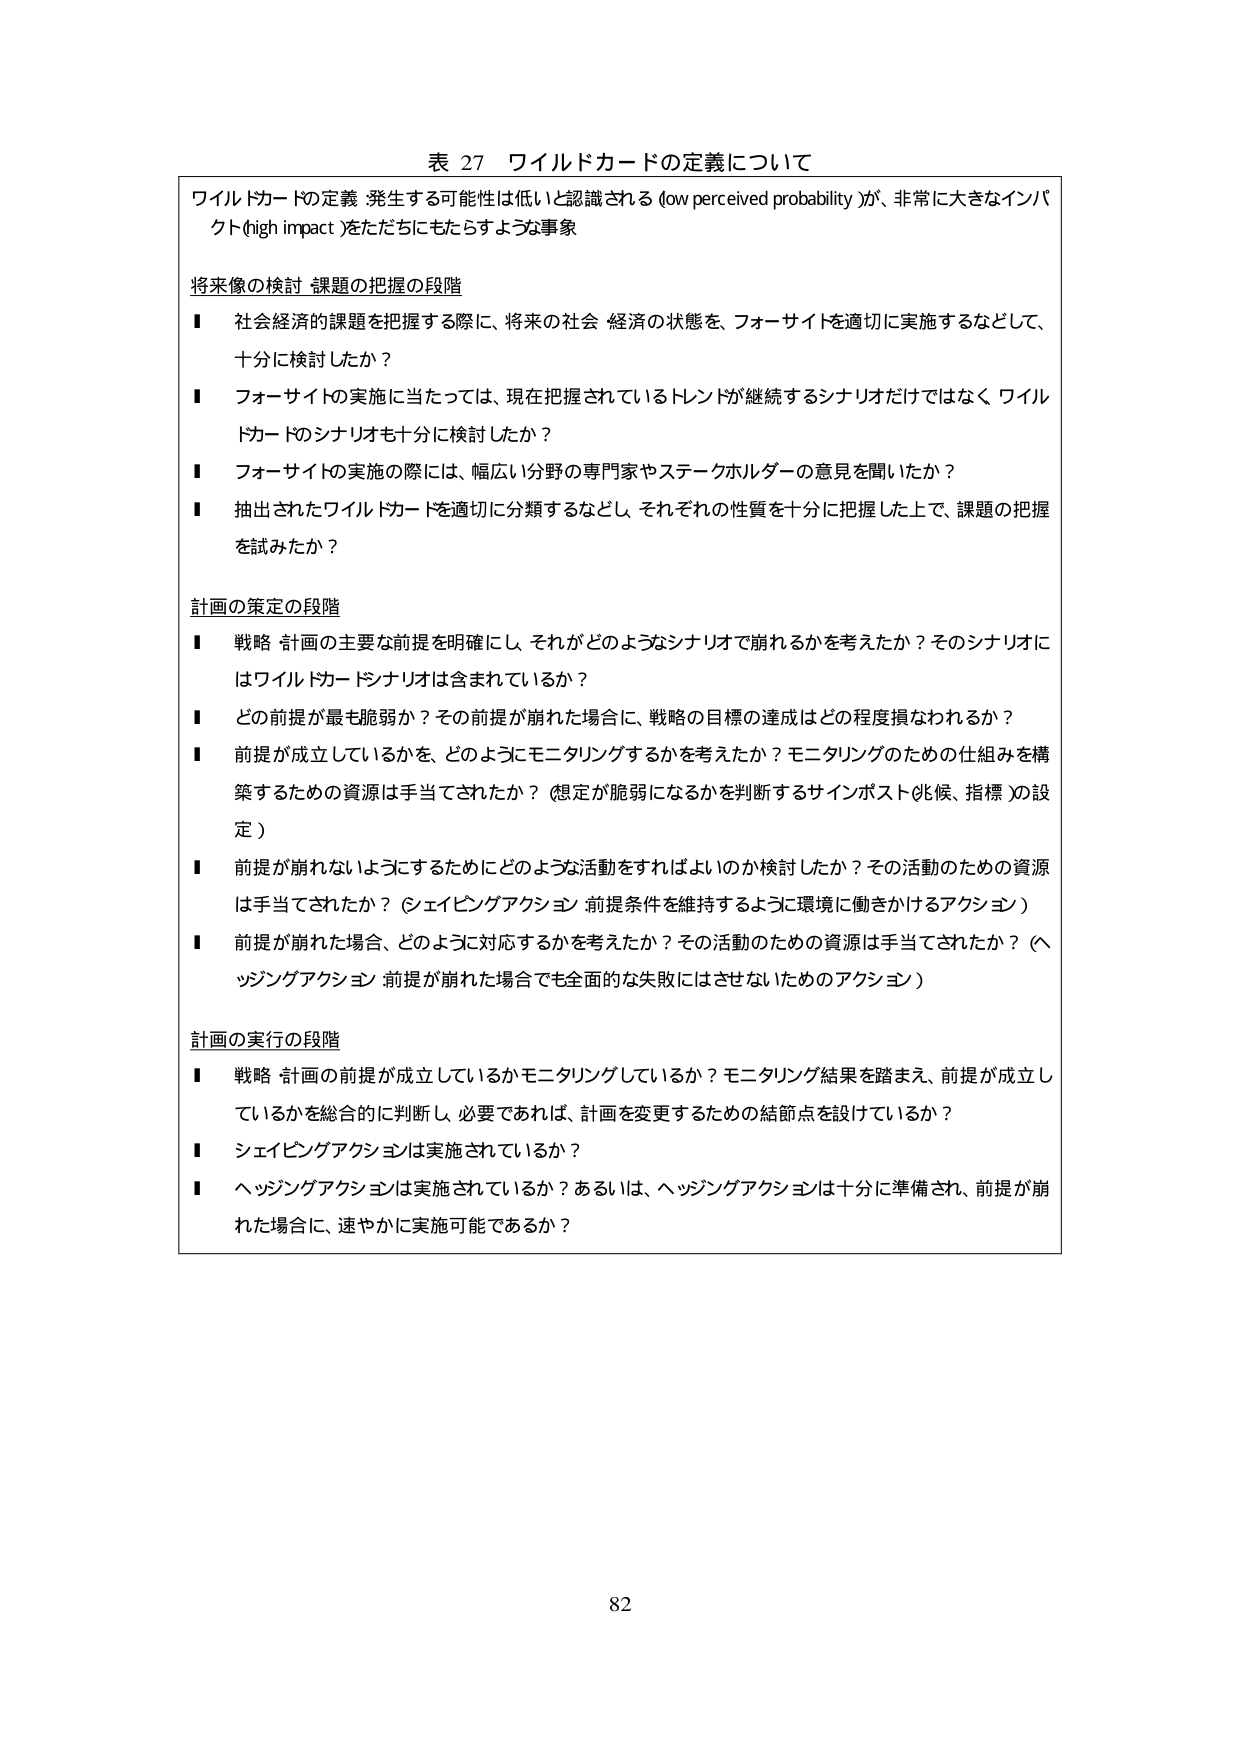
表 27 ワイルドカードの定義について

ワイルドカードの定義 発生する可能性は低いと認識される (low perceived probability) が、非常に大きなインパクト (high impact) をただちにもたらすような事象

将来像の検討 課題の把握の段階
■ 社会経済的課題を把握する際に、将来の社会 経済の状態を、フォーサイトを適切に実施するなどして、十分に検討したか？
■ フォーサイトの実施に当たっては、現在把握されているトレンドが継続するシナリオだけではなく ワイルドカードのシナリオも十分に検討したか？
■ フォーサイトの実施の際には、幅広い分野の専門家やステークホルダーの意見を聞いたか？
■ 抽出されたワイルドカードを適切に分類するなどし、それぞれの性質を十分に把握した上で、課題の把握を試みたか？

計画の策定の段階
■ 戦略 計画の主要な前提を明確にし、それがどのようなシナリオで崩れるかを考えたか？そのシナリオにはワイルドカードシナリオは含まれているか？
■ どの前提が最も脆弱か？その前提が崩れた場合に、戦略の目標の達成はどの程度損なわれるか？
■ 前提が成立しているかを、どのようにモニタリングするかを考えたか？モニタリングのための仕組みを構築するための資源は手当てされたか？（想定が脆弱になるかを判断するサインポスト（兆候、指標）の設定）
■ 前提が崩れないようにするためにどのような活動をすればよいのか検討したか？その活動のための資源は手当てされたか？（シェイピングアクション：前提条件を維持するように環境に働きかけるアクション）
■ 前提が崩れた場合、どのように対応するかを考えたか？その活動のための資源は手当てされたか？（ヘッジングアクション：前提が崩れた場合でも全面的な失敗にはさせないためのアクション）

計画の実行の段階
■ 戦略 計画の前提が成立しているかモニタリングしているか？モニタリング結果を踏まえ、前提が成立しているかを総合的に判断し、必要であれば、計画を変更するための結節点を設けているか？
■ シェイピングアクションは実施されているか？
■ ヘッジングアクションは実施されているか？あるいは、ヘッジングアクションは十分に準備され、前提が崩れた場合に、速やかに実施可能であるか？

82